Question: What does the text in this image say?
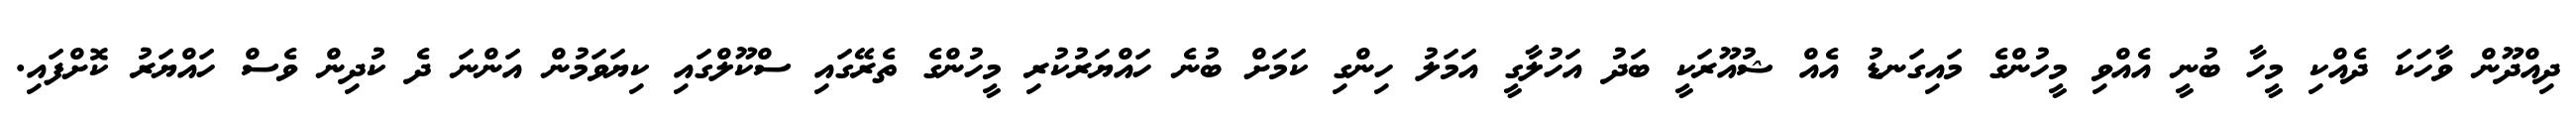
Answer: ދިއްދޫން ވާހަކަ ދެއްކި މީހާ ބުނީ އެއްވި މީހުންގެ މައިގަނޑު އެއް ޝުއޫރަކީ ބަދު އަހުލާގީ އަމަލު ހިންގި ކަމަށް ބުނެ ހައްޔަރުކުރި މީހުންގެ ތެރޭގައި ސްކޫލްގައި ކިޔަވަމުން އަންނަ ދެ ކުދިން ވެސް ހައްޔަރު ކޮށްފައި.